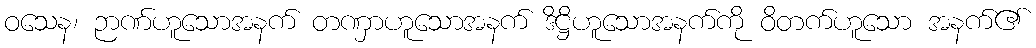
ဝသေန၊ ဉာဏ်ဟူသောအနက် တဏှာဟူသောအနက် ဒိဋ္ဌိဟူသောအနက်ကို ဝိတက်ဟူသော အနက်၏